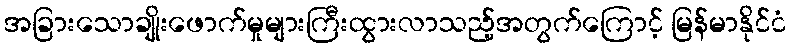
အခြားသောချိုးဖောက်မှုများကြီးထွားလာသည့်အတွက်ကြောင့် မြန်မာနိုင်ငံ